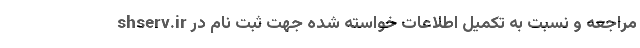
shserv.ir مراجعه و نسبت به تکمیل اطلاعات خواسته شده جهت ثبت نام در